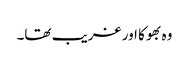
وہ بھوکا اور غریب تھا۔